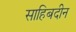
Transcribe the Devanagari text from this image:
साहिबदीन